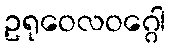
ဥရုဝေလဝဂ္ဂေါ